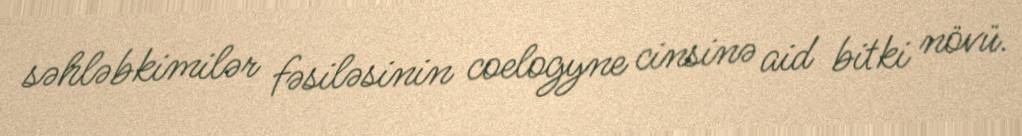
səhləbkimilər fəsiləsinin coelogyne cinsinə aid bitki növü.